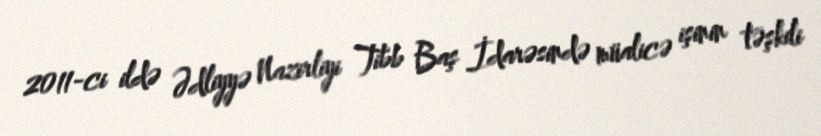
2011-ci ildə Ədliyyə Nazirliyi Tibb Baş İdarəsində müalicə işinin təşkili